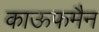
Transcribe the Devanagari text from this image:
काऊफमैन